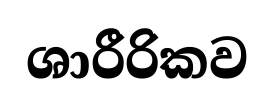
ශාරීරිකව